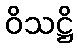
ဝိသဋ္ဌိ